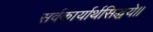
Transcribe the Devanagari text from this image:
सर्वकार्यार्थसिद्धये॥